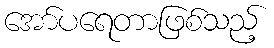
အော်ပရေတာဖြစ်သည့်